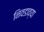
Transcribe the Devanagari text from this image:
निवडाव्या